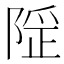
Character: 𨺾